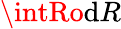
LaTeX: \intRo\mathrm{d}R